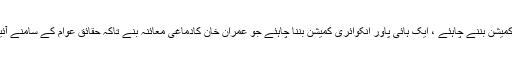
جیونیوز سے گفتگو کرتے ہوئے مریم اورنگز یب نے کہاہے کہ ایک نہیں تین ہائی پاور انکوائری کمیشن بننے چاہئے ، ایک ہائی پاور انکوائری کمیشن بننا چاہئے جو عمران خان کادماغی معائنہ بنے تاکہ حقائق عوام کے سامنے آئیں ، دوسر ا ہائی پاور کمیشن کمیشن بننا چاہئے کہ وزیر اعظم کی تقریر کو کیوں سنسر کیا جاتاہے؟